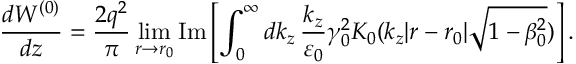
\frac { d W ^ { ( 0 ) } } { d z } = \frac { 2 q ^ { 2 } } { \pi } \operatorname* { l i m } _ { r \rightarrow r _ { 0 } } \mathrm { I m } \left[ \int _ { 0 } ^ { \infty } d k _ { z } \, \frac { k _ { z } } { \varepsilon _ { 0 } } \gamma _ { 0 } ^ { 2 } K _ { 0 } ( k _ { z } | r - r _ { 0 } | \sqrt { 1 - \beta _ { 0 } ^ { 2 } } ) \right] .